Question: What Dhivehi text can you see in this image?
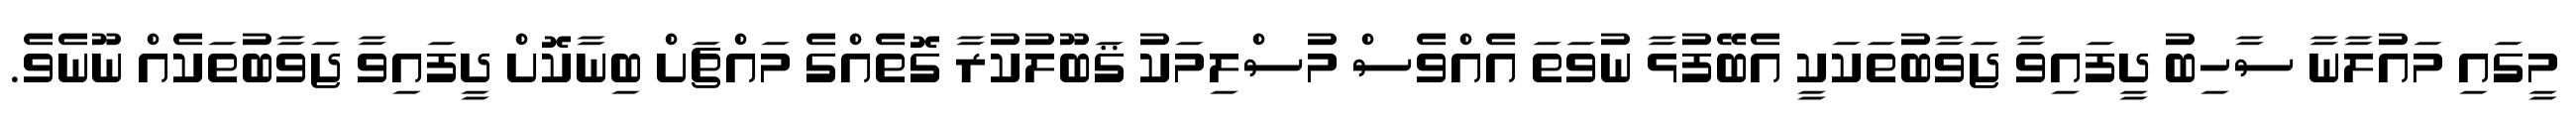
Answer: މީގައި މައުލާނާ ސާހިބު ދީފައިވާ ޖަވާބުތަކަކީ އެބޭފުޅާ ނުވަތަ އެއްވެސް މުސްލިމަކު ޤަބޫލުކުރާ ގޮތެއްގެ މައްޗަށް ބިނާކޮށް ދީފައިވާ ޖަވާބުތަކެއް ނޫނެވެ.